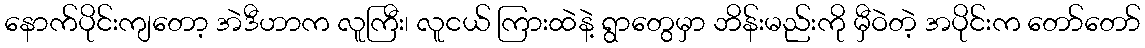
နောက်ပိုင်းကျတော့ အဲဒီဟာက လူကြီး၊ လူငယ် ကြားထဲနဲ့ ရွာတွေမှာ ဘိန်းမည်းကို မှီဝဲတဲ့ အပိုင်းက တော်တော်